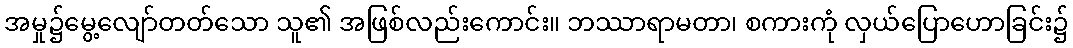
အမှု၌မွေ့လျော်တတ်သော သူ၏ အဖြစ်လည်းကောင်း။ ဘဿာရာမတာ၊ စကားကုံ လှယ်ပြောဟောခြင်း၌